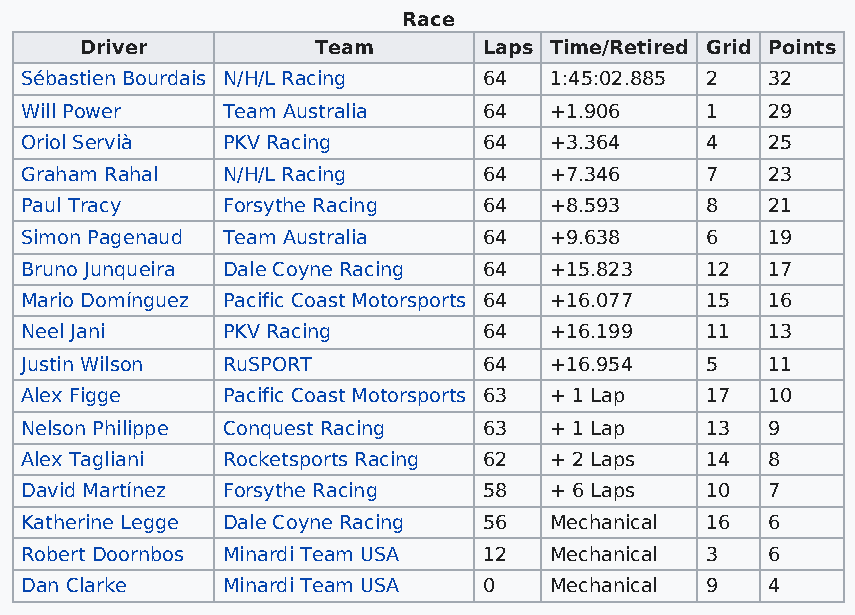
Race
 Driver          Team       Laps Time/Retired Grid Points
 Sébastien Bourdais N/H/L Racing 64 1:45:02.885 2  32
 Will Power    Team Australia   64  +1.906     1   29
 Oriol Servià  PKV Racing       64  +3.364     4   25
 Graham Rahal  N/H/L Racing     64  +7.346     7   23
 Paul Tracy    Forsythe Racing  64  +8.593     8   21
 Simon Pagenaud Team Australia  64  +9.638     6   19
 Bruno Junqueira Dale Coyne Racing 64 +15.823  12  17
 Mario Domínguez Pacific Coast Motorsports 64 +16.077 15 16
 Neel Jani     PKV Racing       64  +16.199    11  13
 Justin Wilson RuSPORT          64  +16.954    5   11
 Alex Figge    Pacific Coast Motorsports 63 + 1 Lap 17 10
 Nelson Philippe Conquest Racing 63 + 1 Lap    13  9
 Alex Tagliani Rocketsports Racing 62 + 2 Laps 14  8
 David Martínez Forsythe Racing 58  + 6 Laps   10  7
 Katherine Legge Dale Coyne Racing 56 Mechanical 16 6
 Robert Doornbos Minardi Team USA 12 Mechanical 3  6
 Dan Clarke    Minardi Team USA 0   Mechanical 9   4